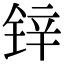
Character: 锌